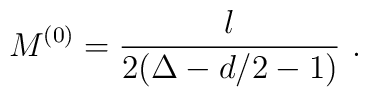
M^{(0)} = \frac{l}{2(\Delta-d/2-1)}~.